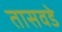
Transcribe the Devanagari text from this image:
तासवडे